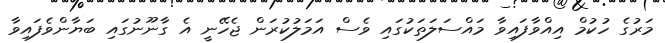
މަރުގެ ހުކުމް އިއްވާފައިވާ މައްސަލަތަކުގައި ވެސް އަމަލުކުރަން ޖެހޭނީ އެ ގާނޫނުގައި ބަޔާންވެފައިވާ